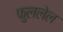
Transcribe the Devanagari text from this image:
फुललेल